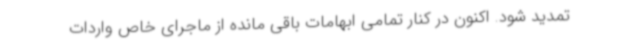
تمدید شود. اکنون در کنار تمامی ابهامات باقی مانده از ماجرای خاص واردات